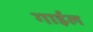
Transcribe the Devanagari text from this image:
गाईल